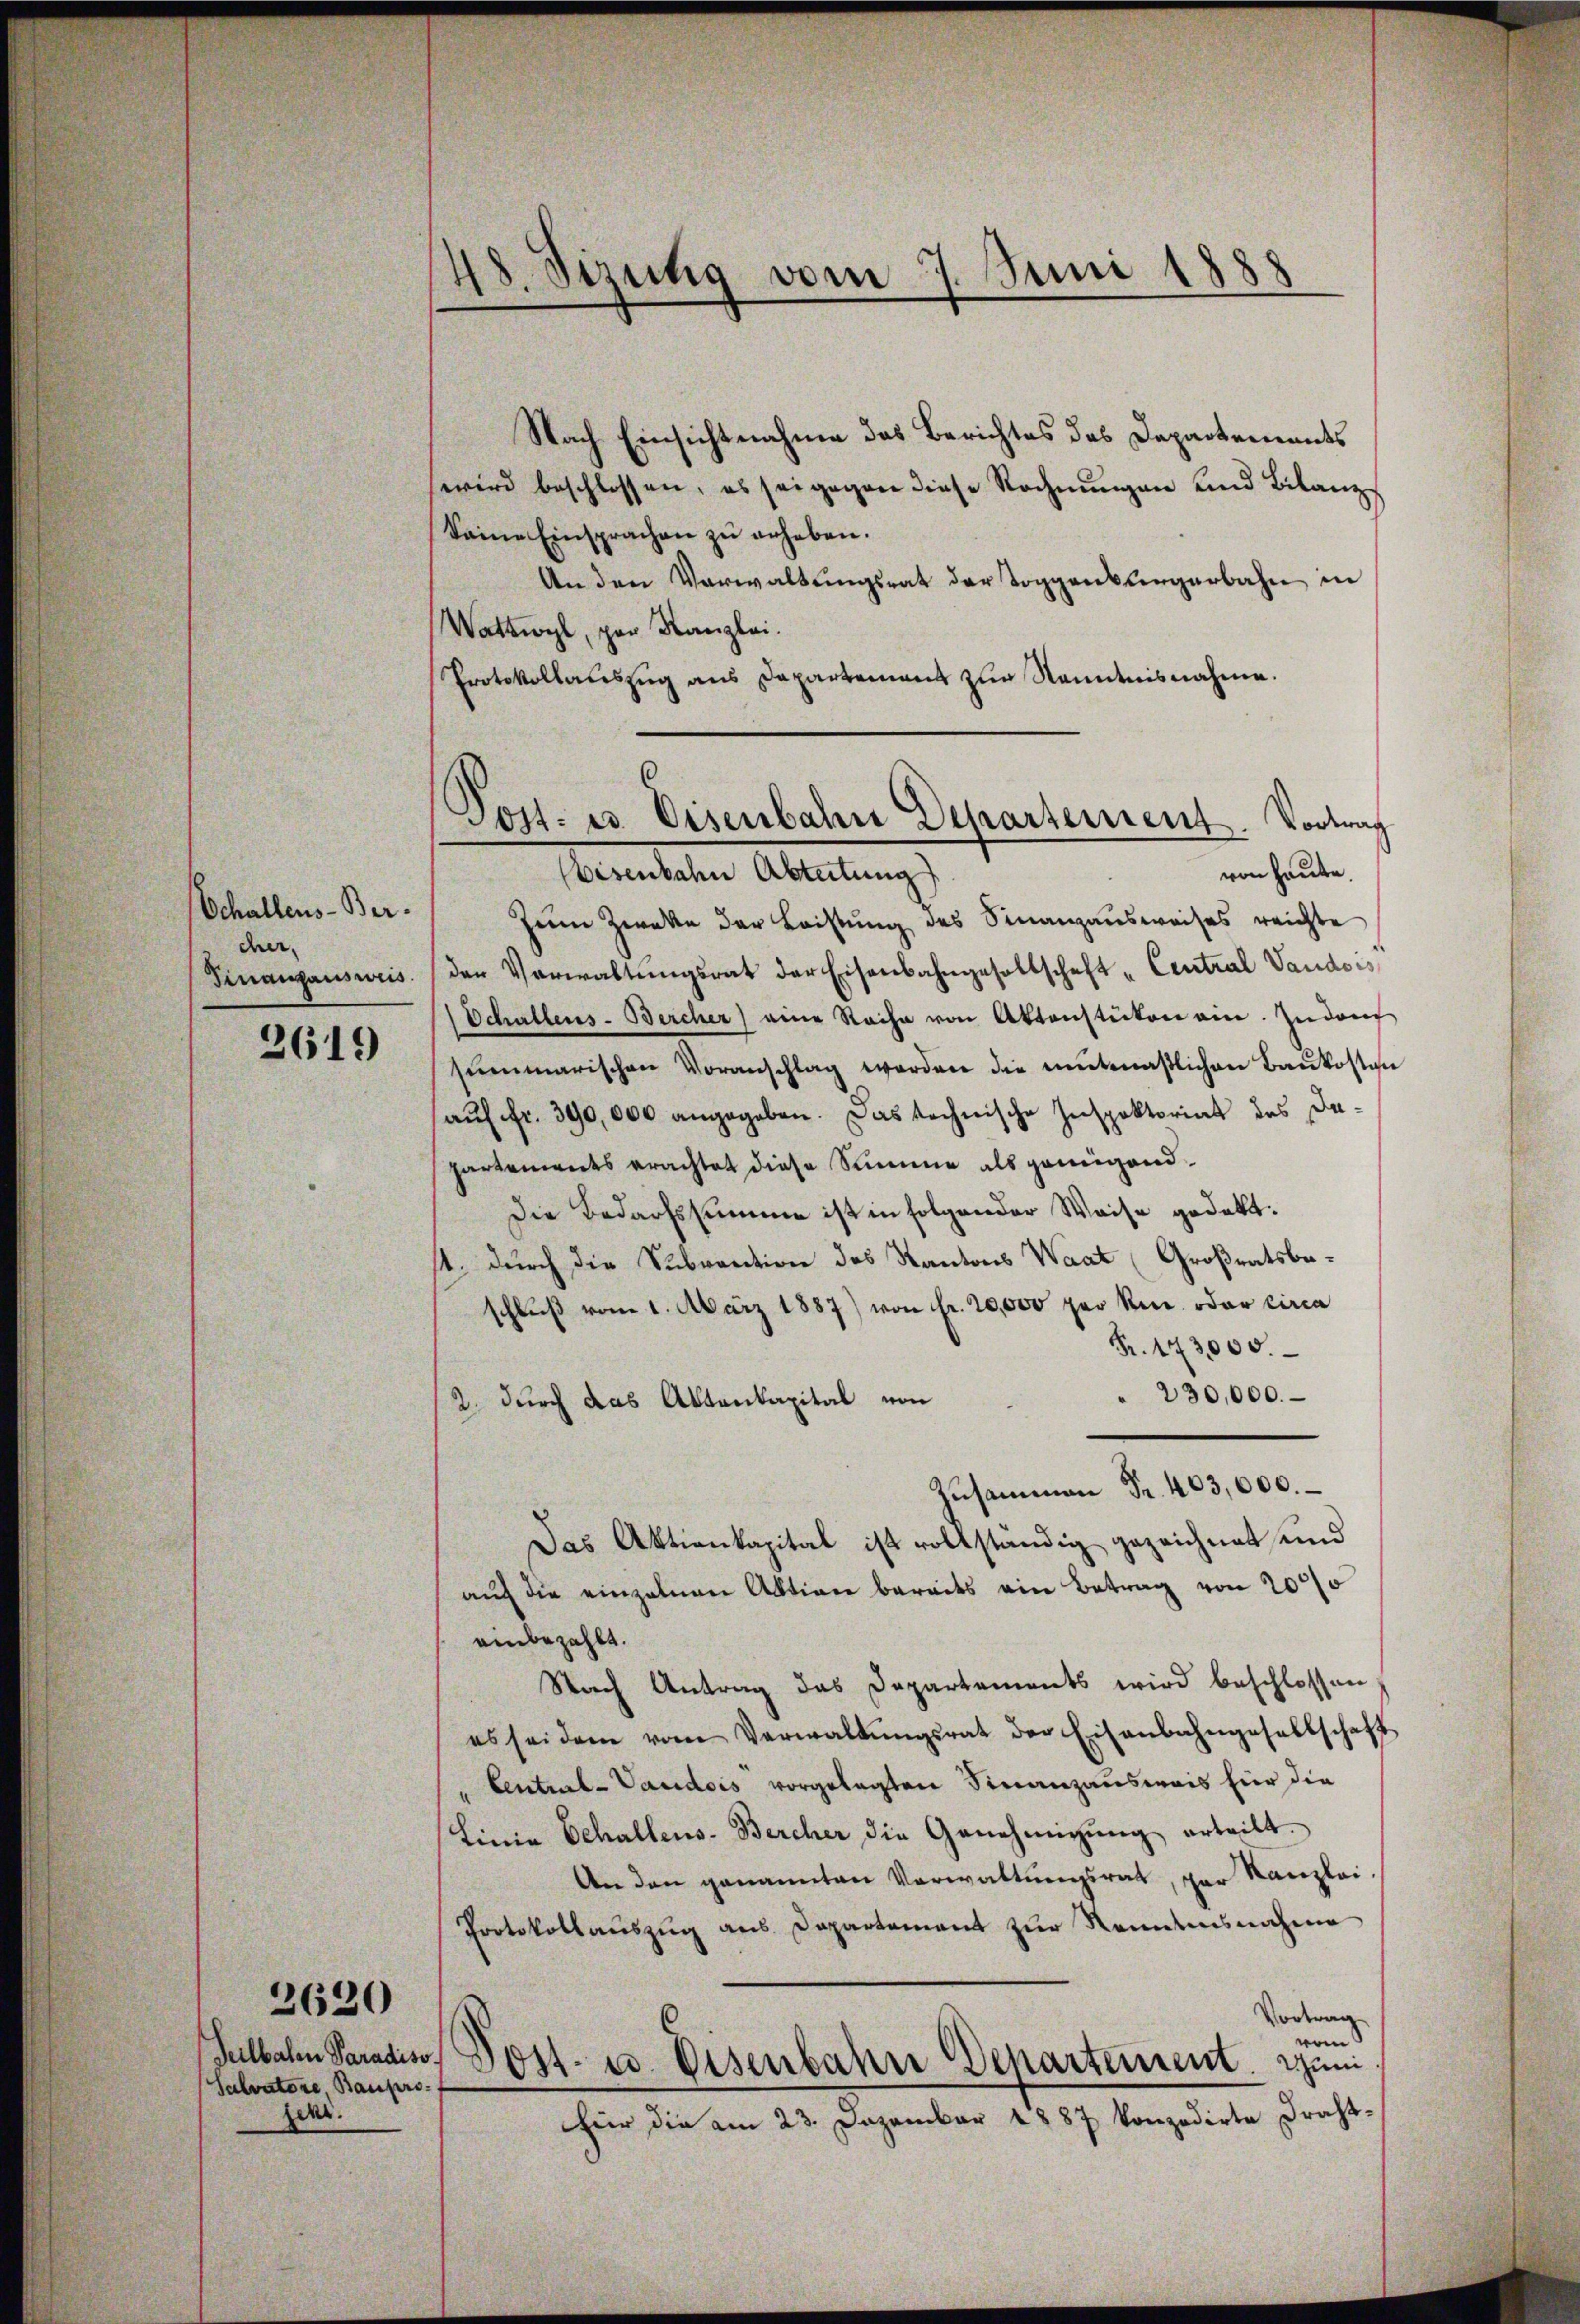
Schallens-Bercer.
Finanzausweis

2619

Salvatore, Bauprojenr.

2630

48. Sizung vom 7. Juni 1888

Nach Einsichtnahme das Berichtes des Departements
wird beschlossen, es sei gegen diese Rechnungen und Bilanz
keine Einsprachen zu erheben.
An den Verwaltŭngsrat der Toggenbürgerbahn in
Wattwyl, par Kanzlei.
Protokollauszug aus Dapartement zur Kenntnisnahme.

von Hause.
Memlichen Abteilungs
Heim Zweke der Leistung des Finanzausweises reichte
den Verwaltŭngsrat der Eisenbahngesellschaft - Central Vaudois
(Schallens-Bercher) eine Reihe von Aktenstücken ein. Zudorf
sŭmmarischen Voranschlag worden die mitmaßlichen Baukosten
aŭf fr. 390,000 angegeben. Das technische Inspektoriat des Dapartements erachtet diese Summe als genügend.
Die Bedarfssumme ist in folgender Weise gedekt.
st, durch die Subvention des Kantons Waat (Großratsbeschluß vom 1. März 1887) von Fr. 20,000 per Sei oder circa
Fr. 173,000.
230,000. –
2 durch das Aktenkapital von
Zusammen Fr. 403,000. –
Das Aktienkapital ist vollständig gezeichnet und
auf die einzelnen Aktion bereits ein Betrag von 2000
einbezahlt.
Nach Antrag das Departements wird beschlossen,
es sei dem vom Verwaltŭngsrat der Eisenbahngesellschaft
lential-Vaudois vorgelegten Finanzausweis für die
Linie Schallens-Bercher die Genehmigŭng erteilt.
An den genannten Verwaltungsrat, der Kanzlei-
Protokollauszug aus Departement zur Reitausnahme
Vortrag
vom
helbachen Paradiso Post es Eisenbahne Departement. Juni
für die am 23. Dezember 1887 konzedirte Draht-

.
.
Jost- u. Eisenbahre Departement. Vortrag